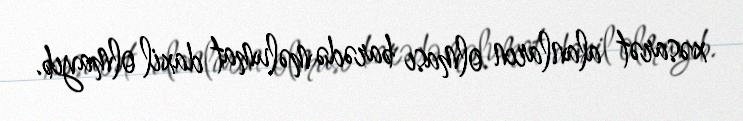
xəsarət alanların olması barədə məlumat daxil olmayıb.